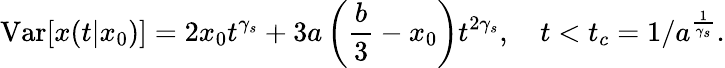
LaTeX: \mathrm{Var}[x(t|x_{0})]=2x_{0}t^{\gamma_{s}}+3a\left(\frac{b}{3}-x_{0}\right)t^{2\gamma_{s}},\quad t<t_{c}=1/a^{\frac{1}{\gamma_{s}}}.